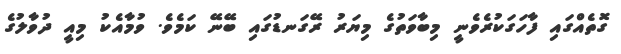
ގޮތެއްގައި ފާހަގަކުރެވެނީ މިބާވަތުގެ މިޔަރު ރޭގަނޑުގައި ބޭނޭ ކަމެވެ. ވުމާއެކު މިއީ ދުވާލުގެ